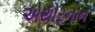
અથોરનાન